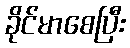
ခိုင်မာစေပြီး